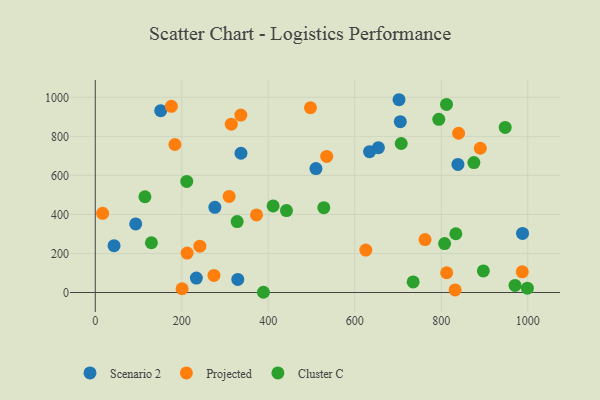
{"axis": {"x": "Speed", "y": "Yield"}, "legend": ["Cluster C", "Projected", "Scenario 2"], "data": [{"x": "705.3", "y": 875.1, "type": "Scenario 2"}, {"x": "151.3", "y": 931.5, "type": "Scenario 2"}, {"x": "93.5", "y": 351.1, "type": "Scenario 2"}, {"x": "233.7", "y": 73.8, "type": "Scenario 2"}, {"x": "654.6", "y": 742.2, "type": "Scenario 2"}, {"x": "702.3", "y": 987.6, "type": "Scenario 2"}, {"x": "43.4", "y": 239.9, "type": "Scenario 2"}, {"x": "838.5", "y": 656.2, "type": "Scenario 2"}, {"x": "510.2", "y": 634.8, "type": "Scenario 2"}, {"x": "634.2", "y": 721.3, "type": "Scenario 2"}, {"x": "329.5", "y": 67.1, "type": "Scenario 2"}, {"x": "987.9", "y": 302.9, "type": "Scenario 2"}, {"x": "336.9", "y": 713.3, "type": "Scenario 2"}, {"x": "276.5", "y": 436.6, "type": "Scenario 2"}, {"x": "17.0", "y": 405.5, "type": "Projected"}, {"x": "336.5", "y": 909.0, "type": "Projected"}, {"x": "497.5", "y": 946.4, "type": "Projected"}, {"x": "832.0", "y": 13.1, "type": "Projected"}, {"x": "274.4", "y": 87.3, "type": "Projected"}, {"x": "812.5", "y": 101.2, "type": "Projected"}, {"x": "535.1", "y": 697.2, "type": "Projected"}, {"x": "840.0", "y": 815.8, "type": "Projected"}, {"x": "987.3", "y": 106.0, "type": "Projected"}, {"x": "625.5", "y": 217.2, "type": "Projected"}, {"x": "200.7", "y": 19.2, "type": "Projected"}, {"x": "890.2", "y": 739.0, "type": "Projected"}, {"x": "314.5", "y": 862.1, "type": "Projected"}, {"x": "372.8", "y": 397.4, "type": "Projected"}, {"x": "184.1", "y": 758.1, "type": "Projected"}, {"x": "762.5", "y": 271.2, "type": "Projected"}, {"x": "241.8", "y": 237.3, "type": "Projected"}, {"x": "175.9", "y": 953.9, "type": "Projected"}, {"x": "212.4", "y": 202.0, "type": "Projected"}, {"x": "309.5", "y": 492.1, "type": "Projected"}, {"x": "328.1", "y": 363.5, "type": "Cluster C"}, {"x": "735.0", "y": 54.1, "type": "Cluster C"}, {"x": "114.8", "y": 490.6, "type": "Cluster C"}, {"x": "807.7", "y": 250.5, "type": "Cluster C"}, {"x": "897.3", "y": 110.5, "type": "Cluster C"}, {"x": "947.8", "y": 845.7, "type": "Cluster C"}, {"x": "129.8", "y": 254.9, "type": "Cluster C"}, {"x": "833.7", "y": 301.1, "type": "Cluster C"}, {"x": "388.8", "y": 1.2, "type": "Cluster C"}, {"x": "794.3", "y": 887.1, "type": "Cluster C"}, {"x": "528.4", "y": 434.7, "type": "Cluster C"}, {"x": "875.4", "y": 665.7, "type": "Cluster C"}, {"x": "970.5", "y": 36.4, "type": "Cluster C"}, {"x": "707.4", "y": 763.4, "type": "Cluster C"}, {"x": "211.5", "y": 569.1, "type": "Cluster C"}, {"x": "411.2", "y": 443.7, "type": "Cluster C"}, {"x": "999.1", "y": 22.1, "type": "Cluster C"}, {"x": "812.1", "y": 963.3, "type": "Cluster C"}, {"x": "442.1", "y": 419.9, "type": "Cluster C"}]}